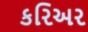
કરિઅર